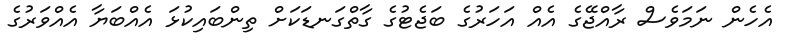
އެހެން ނަމަވެސް ރާއްޖޭގެ އެއް އަހަރުގެ ބަޖެޓުގެ ގާތްގަނޑަކަށް ތިންބައިކުޅަ އެއްބަޔާ އެއްވަރުގެ